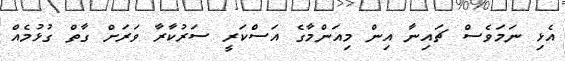
އެޅި ނަމަވެސް ޗައިނާ އިން މިއަންމާގެ އަސްކަރީ ސަރުކާރާ ވަރަށް ގާތް ގުޅުމެއް